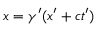
x = \gamma ^ { \prime } ( x ^ { \prime } + c t ^ { \prime } )